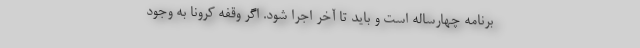
برنامه چهارساله است و باید تا آخر اجرا شود. اگر وقفه کرونا به وجود